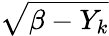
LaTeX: \sqrt{\beta-Y_{k}}